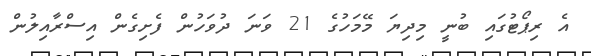
އެ ރިޕޯޓުގައި ބުނީ މިދިޔަ މޭމަހުގެ 21 ވަނަ ދުވަހުން ފެށިގެން އިސްރާއިލުން